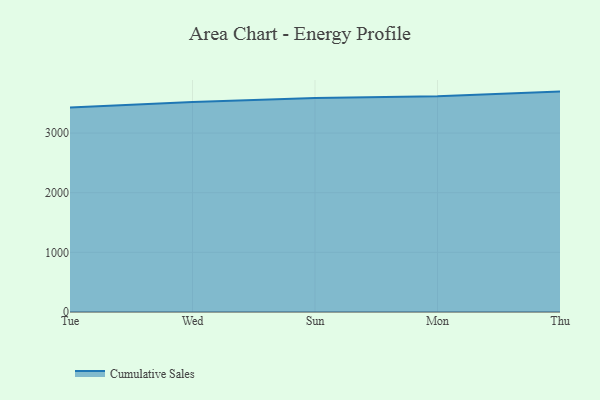
{"axis": {"x": "Day", "y": "Churn Rate (%)"}, "legend": ["Cumulative Sales"], "data": [{"x": "Tue", "y": 3429.4, "type": "Cumulative Sales"}, {"x": "Wed", "y": 3519.9, "type": "Cumulative Sales"}, {"x": "Sun", "y": 3588.6, "type": "Cumulative Sales"}, {"x": "Mon", "y": 3617.1, "type": "Cumulative Sales"}, {"x": "Thu", "y": 3694.6, "type": "Cumulative Sales"}]}